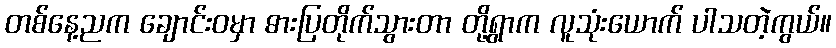
တစ်နေ့ညက ချောင်းဝမှာ ဓားပြတိုက်သွားတာ တို့ရွာက လူသုံးယောက် ပါသတဲ့ကွယ်။